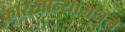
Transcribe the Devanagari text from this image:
कारखान्यामधून